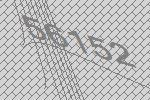
56152